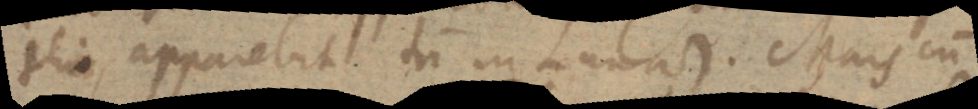
thio, apparebit tum in Luna +). Mars cum